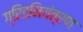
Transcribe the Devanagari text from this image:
ग्रिडनियंत्रण